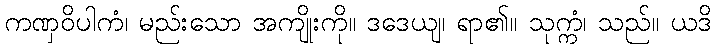
ကဏှဝိပါကံ၊ မည်းသော အကျိုးကို။ ဒဒေယျ၊ ရာ၏။ သုက္ကံ၊ သည်။ ယဒိ